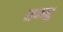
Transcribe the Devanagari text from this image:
तम्भू